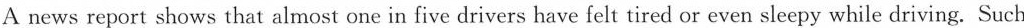
A news report shows that almost one in five drivers have felt tired or even sleepy while driving. Such